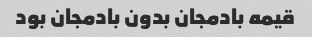
قیمه بادمجان بدون بادمجان بود